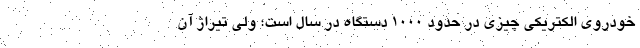
خودروی الکتریکی چیزی در حدود 1000 دستگاه در سال است؛ ولی تیراژ آن